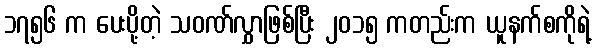
၁၇၅၆ က ပေးပို့တဲ့ သဝဏ်လွှာဖြစ်ပြီး ၂၀၁၅ ကတည်းက ယူနက်စကိုရဲ့